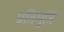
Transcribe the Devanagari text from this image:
प्रतिमुर्ति